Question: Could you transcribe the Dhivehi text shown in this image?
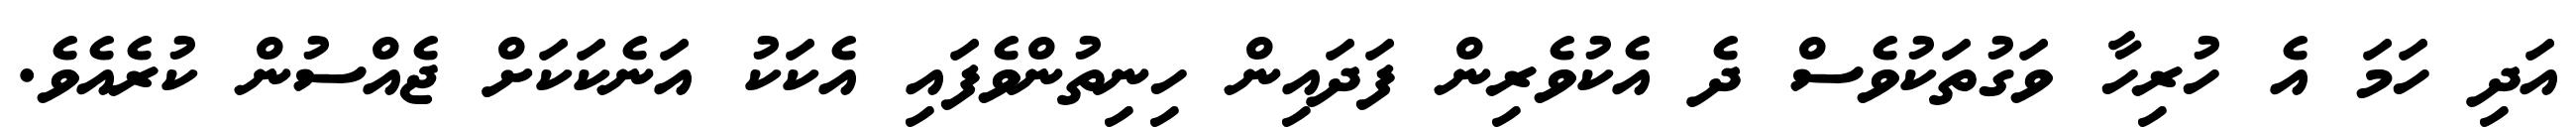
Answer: އަދި ހަމަ އެ ހުރިހާ ވަގުތަކުވެސް ދެ އެކުވެރިން ފަދައިން ހިނިތުންވެފައި އެކަކު އަނެކަކަށް ޖެއްސުން ކުރެއެވެ.